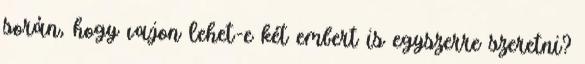
során, hogy vajon lehet-e két embert is egyszerre szeretni?